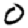
Digit: 0